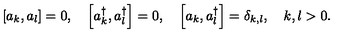
\left[ a _ { k } , a _ { l } \right] = 0 , \quad \left[ a _ { k } ^ { \dagger } , a _ { l } ^ { \dagger } \right] = 0 , \quad \left[ a _ { k } , a _ { l } ^ { \dagger } \right] = \delta _ { k , l } , \quad k , l > 0 .